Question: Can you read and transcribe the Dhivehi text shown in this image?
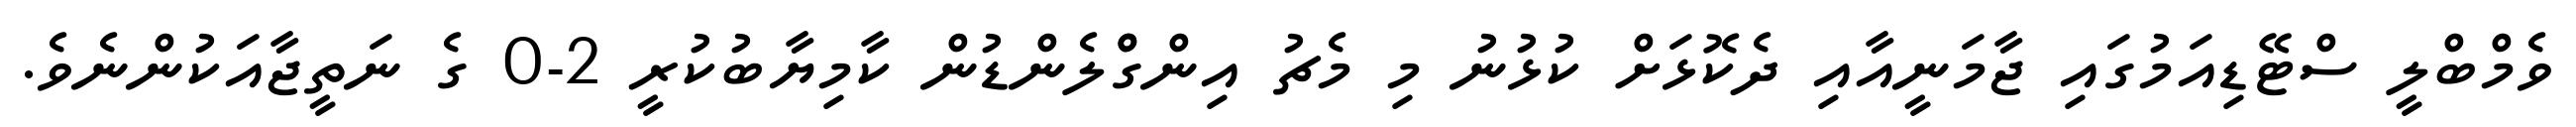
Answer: ވެމްބްލީ ސްޓޭޑިއަމުގައި ޖާމަނީއާއި ދެކޮޅަށް ކުޅުނު މި މެޗު އިންގްްލެންޑުން ކާމިޔާބުކުރީ 2-0 ގެ ނަތީޖާއަކުންނެވެ.